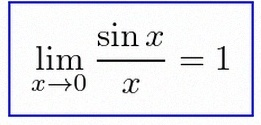
\lim_{x\to0}\frac{\sin x}{x}=1